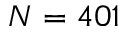
N = 4 0 1